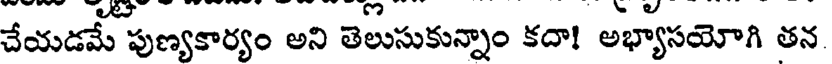
చేయడమే పుణ్యకార్యం అని తెలుసుకున్నాం కదా! అభ్యాసయోగి తన